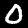
Digit: 0